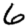
Digit: 6